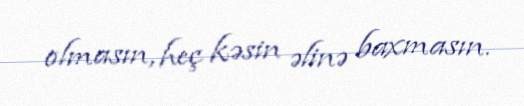
olmasın, heç kəsin əlinə baxmasın.